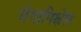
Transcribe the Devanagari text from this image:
मेगापिक्षेल